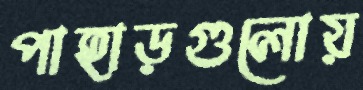
পাহাড়গুলোয়